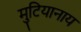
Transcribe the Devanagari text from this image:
मुटियानाय